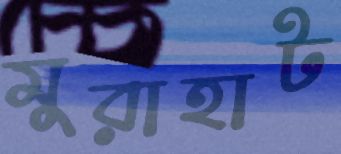
মুরাহাট